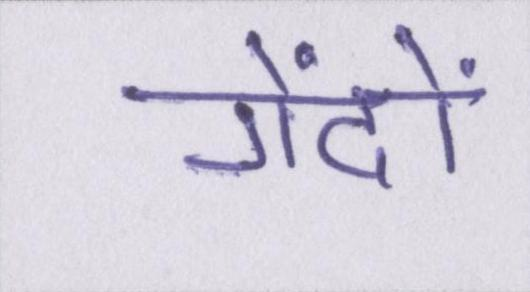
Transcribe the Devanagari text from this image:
गेंदों